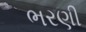
ભરણી